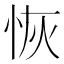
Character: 恢